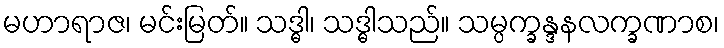
မဟာရာဇ၊ မင်းမြတ်။ သဒ္ဓါ၊ သဒ္ဓါသည်။ သမ္ပက္ခန္ဒနလက္ခဏာစ၊